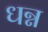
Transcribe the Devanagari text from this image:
धन्न